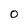
Character: O